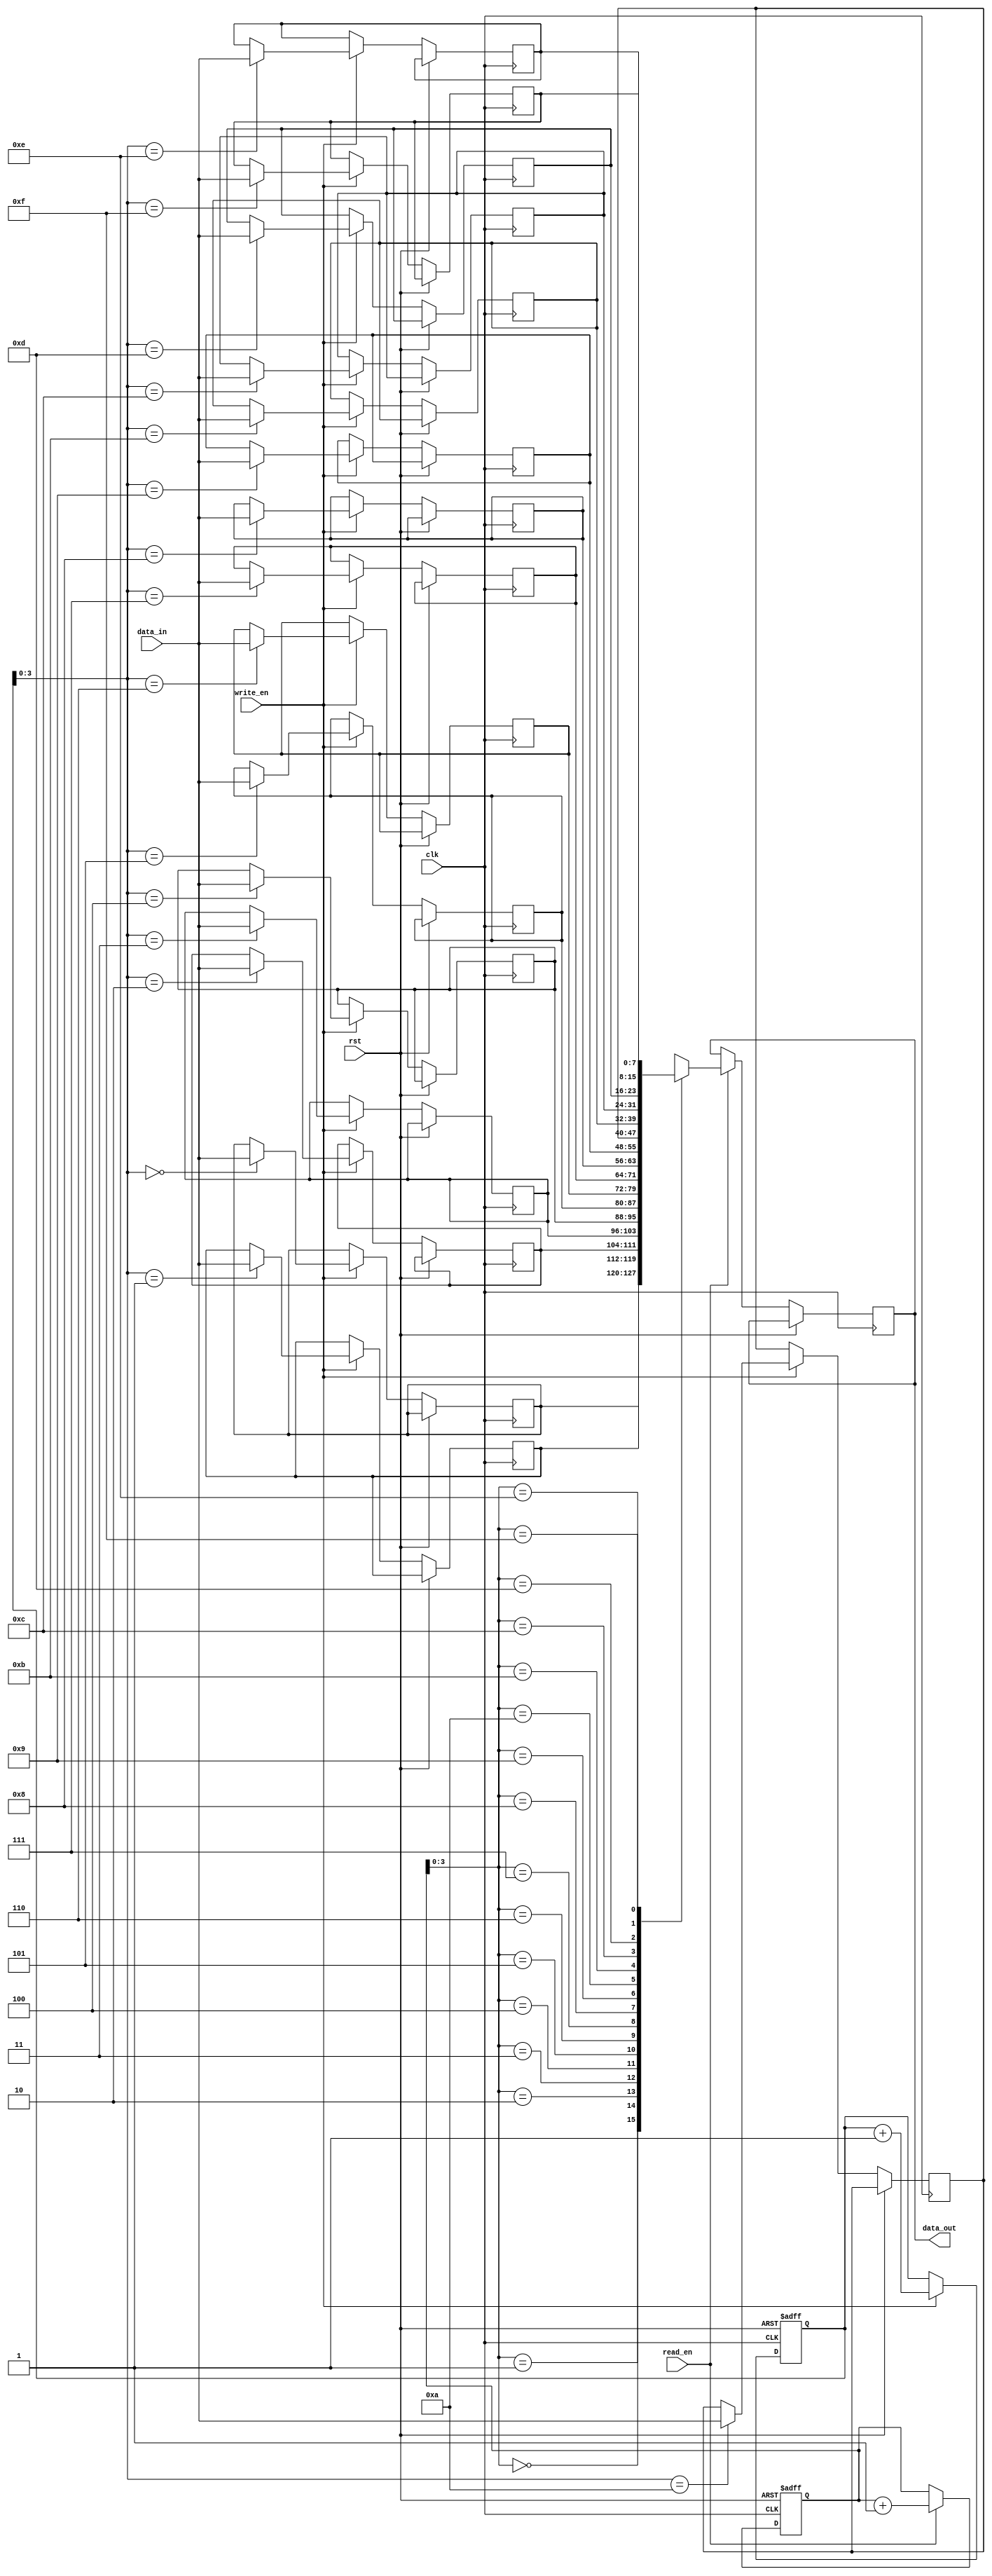
module fifo_buffer (
    input wire clk,
    input wire rst,
    input wire write_en,
    input wire read_en,
    input wire [data_width-1:0] data_in,
    output reg [data_width-1:0] data_out
);

parameter depth = 16;
parameter data_width = 8;

reg [data_width-1:0] buffer [0:depth-1];
reg [4:0] write_ptr = 0;
reg [4:0] read_ptr = 0;

always @(posedge clk or posedge rst) begin
    if (rst) begin
        write_ptr <= 0;
        read_ptr <= 0;
    end else begin
        if (write_en) begin
            buffer[write_ptr] <= data_in;
            write_ptr <= write_ptr + 1;
        end
        if (read_en) begin
            data_out <= buffer[read_ptr];
            read_ptr <= read_ptr + 1;
        end
    end
end

endmodule